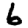
Digit: 6